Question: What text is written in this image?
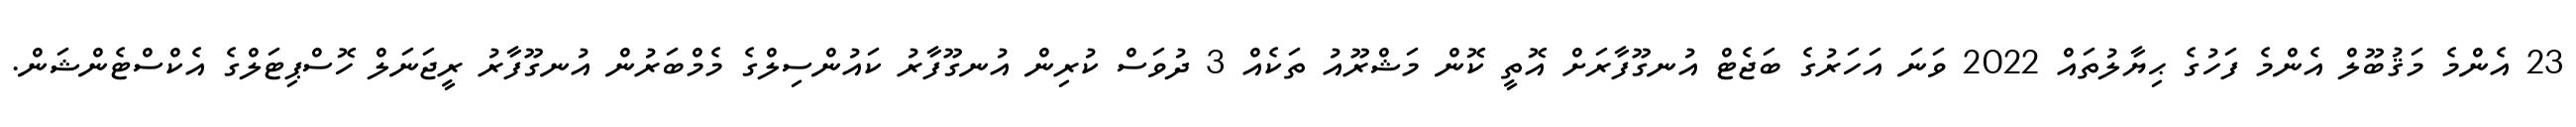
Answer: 23 އެންމެ މަޤުބޫލް އެންމެ ފަހުގެ ޙިޔާލުތައް 2022 ވަނަ އަހަރުގެ ބަޖެޓް އުނގޫފާރަށް އޮތީ ކޮން މަޝްރޫއު ތަކެއް 3 ދުވަސް ކުރިން އުނގޫފާރު ކައުންސިލްގެ މެމްބަރުން އުނގޫފާރު ރީޖަނަލް ހޮސްޕިޓަލްގެ އެކްސްޓެންޝަން.